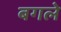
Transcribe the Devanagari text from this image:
बगले